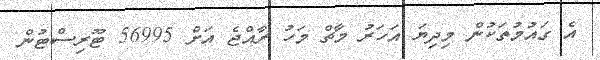
އެ ގައުމުތަކުން މިދިޔަ އަހަރު މާޗް މަހު ރާއްޖެ އަށް 56995 ޓޫރިސްޓުން